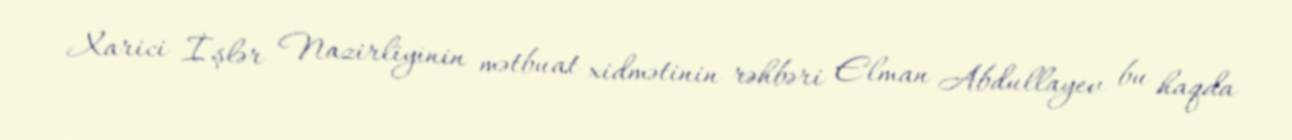
Xarici İşlər Nazirliyinin mətbuat xidmətinin rəhbəri Elman Abdullayev bu haqda